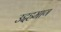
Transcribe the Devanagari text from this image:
उद्दहमाण